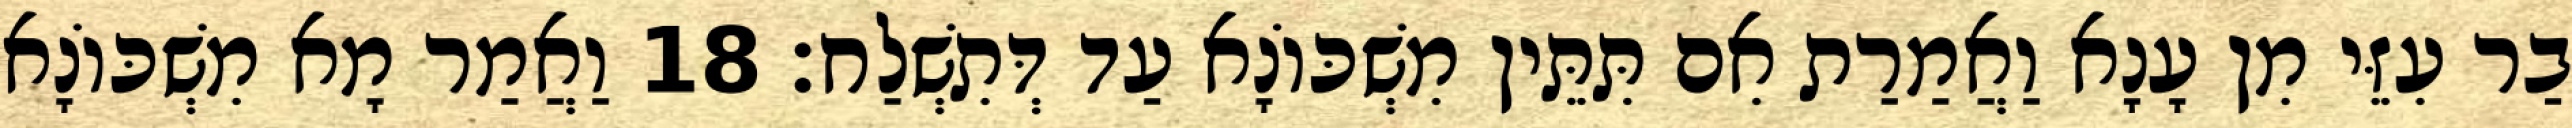
בַר עִזֵּי מִן עָנָא וַאֲמַרַת אִם תִּתֵּין מִשְׁכּוֹנָא עַד דְּתִשְׁלַח׃ 18 וַאֲמַר מָא מִשְׁכּוֹנָא